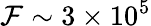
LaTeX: \mathcal{F}\sim 3\times 10^{5}